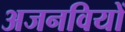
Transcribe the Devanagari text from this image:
अजनवियों